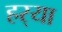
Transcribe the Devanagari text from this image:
हर्‍या